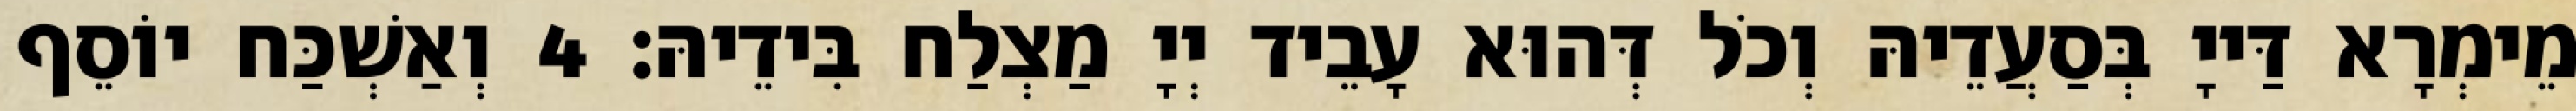
מֵימְרָא דַּייָ בְּסַעֲדֵיהּ וְכֹל דְּהוּא עָבֵיד יְיָ מַצְלַח בִּידֵיהּ׃ 4 וְאַשְׁכַּח יוֹסֵף